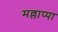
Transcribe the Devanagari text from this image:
मल्लाप्पा